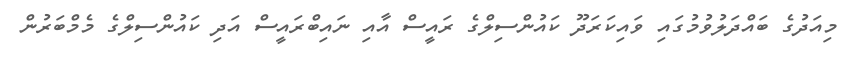
މިއަދުގެ ބައްދަލުވުމުގައި ވައިކަރަދޫ ކައުންސިލްގެ ރައީސް އާއި ނައިބްރައީސް އަދި ކައުންސިލްގެ މެމްބަރުން